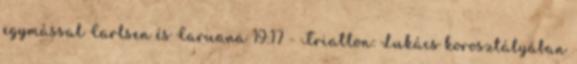
egymással Carlsen és Caruana 19:17 - Triatlon: Lukács korosztályában